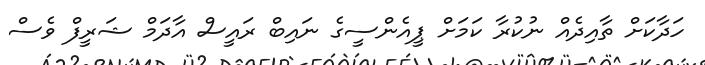
ހަދާކަށް ތާއިދެއް ނުކުރާ ކަމަށް ޕީއެންސީގެ ނައިބް ރައީސް އާދަމް ޝަރީފް ވެސް